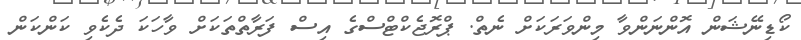
ކޯޑިނޭޝަން އޮންނަންވާ މިންވަރަކަށް ނެތް. ޕްރޮޖެކްޓްސްގެ އިސް ފަރާތްތަކަށް ވާހަކަ ދެކެވި ކަންކަން